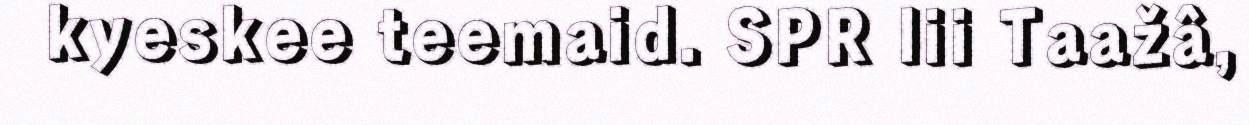
kyeskee teemaid. SPR lii Taažâ,